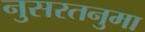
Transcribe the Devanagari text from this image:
नुसरतनुमा